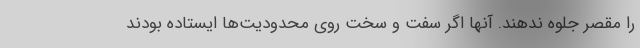
را مقصر جلوه ندهند. آنها اگر سفت و سخت روی محدودیت‌ها ایستاده بودند